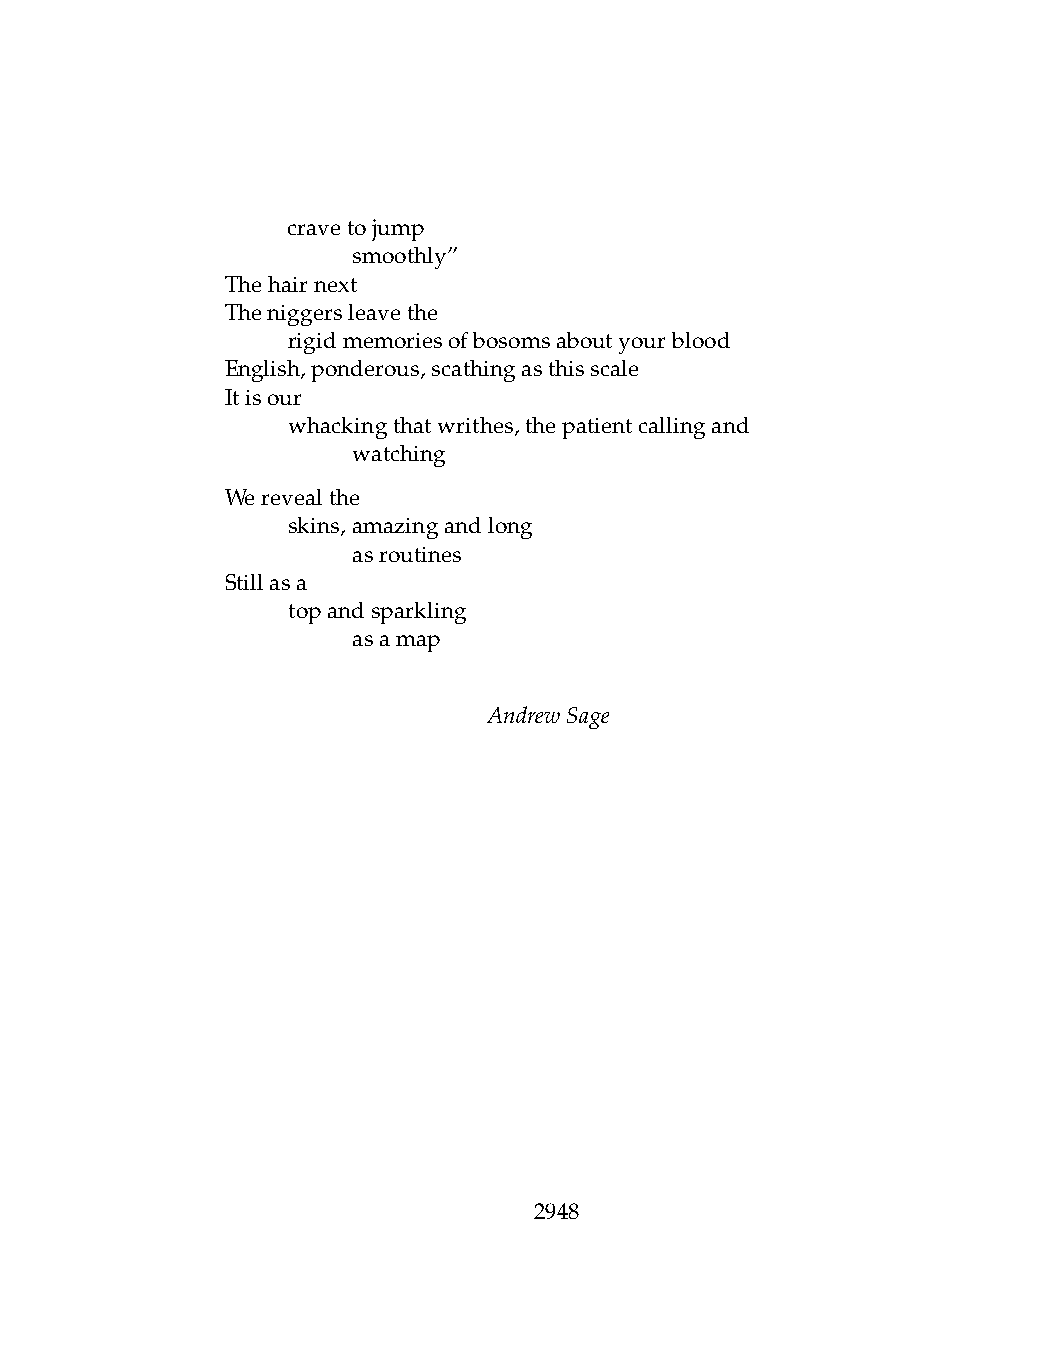
.   cravetojump
 .   .   smoothly”
 Thehairnext
 Theniggersleavethe
 .   rigidmemoriesofbosomsaboutyourblood
 English,ponderous,scathingasthisscale
 Itisour
 .   whackingthatwrithes,thepatientcallingand
 .   .   watching
 Werevealthe
 .   skins,amazingandlong
 .   .   asroutines
 Stillasa
 .   topandsparkling
 .   .   asamap
 AndrewSage
 2948